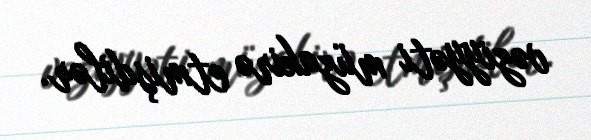
vəziyyəti müzakirə etmişdilər.